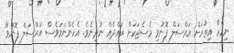
ނިމްރާ އިތުރަށް އަރްސަލް ފޮނުވި މެސެޖަކަށް ރައްދެއް ނުދިނެވެ. އެހެންނަމަވެސް އަރްސަލް ފޮނުވާ